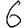
Digit: 6